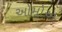
ઓમોઅ